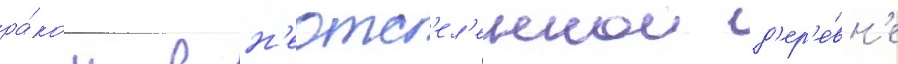
ра́ком в н'еотс'ел'еннои д'ер'е́вн'е